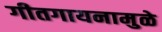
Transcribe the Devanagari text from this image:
गीतगायनामुळे